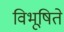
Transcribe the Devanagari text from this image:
विभूषिते